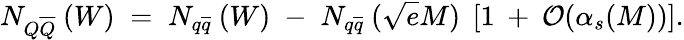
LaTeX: N_{Q\overline{{{Q}}}}\: (W)\; =\; N_{q\overline{{{q}}}}\: (W)\; -\; N_{q\overline{{{q}}}}\: (\sqrt{e}M)\; \left[1\: +\: {\cal O}(\alpha_{s}(M))\right].